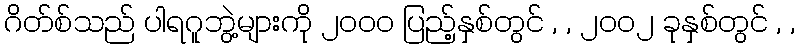
ဂိတ်စ်သည် ပါရဂူဘွဲ့များကို ၂၀၀၀ ပြည့်နှစ်တွင် , , ၂၀၀၂ ခုနှစ်တွင် , ,